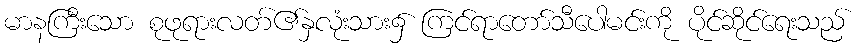
မာနကြီးသော စုဖုရားလတ်၏နှလုံးသား၌ ကြင်ရာတော်သီပေါမင်းကို ပိုင်ဆိုင်ရေးသည်